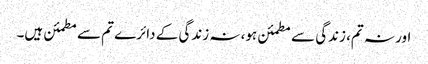
اور نہ تم، زندگی سے مطمئن ہو، نہ زندگی کے دائرے تم سے مطمئن ہیں۔